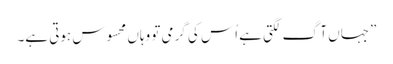
”جہاں آگ لگتی ہے اُس کی گرمی تو وہاں محسوس ہوتی ہے۔